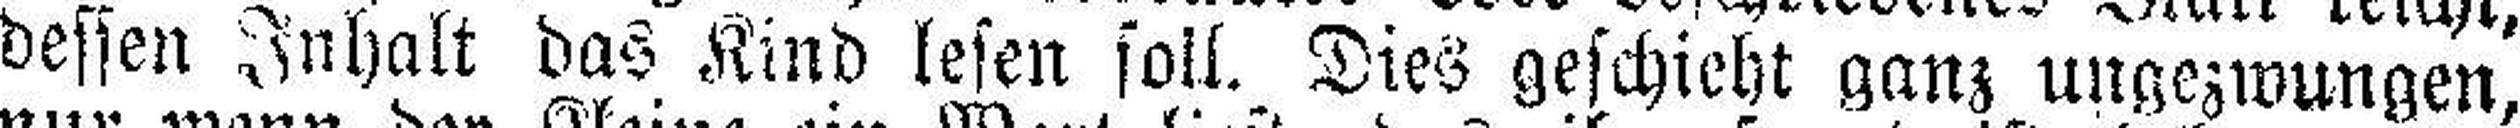
dessen Inhalt das Kind lesen soll. Dies geschieht ganz ungezwungen,